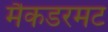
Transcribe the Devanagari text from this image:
मैकडरमट